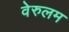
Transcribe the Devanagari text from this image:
वेरुलम